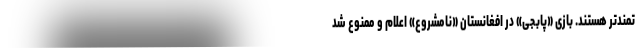
تمندتر هستند. بازی «پابجی» در افغانستان «نامشروع» اعلام و ممنوع شد